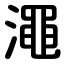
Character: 澠